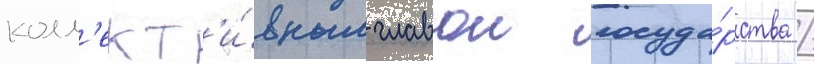
колл'ект'и́вным главои госуда́рства /